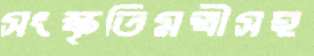
সংস্কৃতিমন্ত্রীসহ